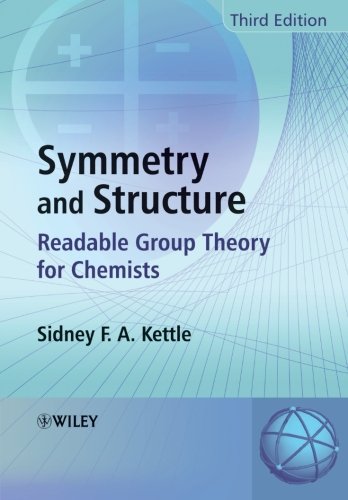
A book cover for Symmetry and Structure: Readable Group Theory for Chemists; Sidney F. A. Kettle; Science & Math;